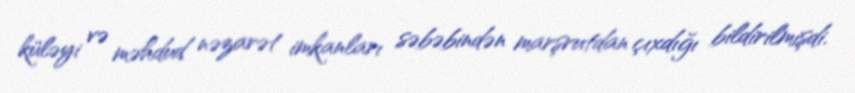
küləyi və məhdud nəzarət imkanları səbəbindən marşrutdan çıxdığı bildirilmişdi.